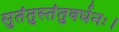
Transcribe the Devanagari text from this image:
सुतंतुस्तंतुवर्धनः।